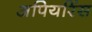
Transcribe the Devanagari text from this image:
अपियरिंस